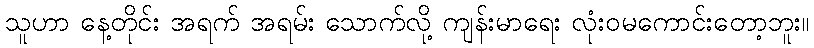
သူဟာ နေ့တိုင်း အရက် အရမ်း သောက်လို့ ကျန်းမာရေး လုံးဝမကောင်းတော့ဘူး။